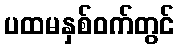
ပထမနှစ်ဝက်တွင်